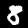
Digit: 8